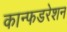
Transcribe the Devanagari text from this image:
कान्फडरेशन